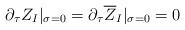
LaTeX: \begin{align*}\partial_{\tau}Z_I|_{\sigma=0}=\partial_{\tau}\overline{Z}_I|_{\sigma=0}=0\end{align*}